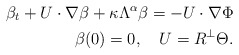
\begin{align*}\beta_t+U\cdot\nabla \beta+\kappa\Lambda^\alpha\beta =-U\cdot\nabla\Phi\\\beta(0)=0, \ \ \ U=R^\perp\Theta.\end{align*}